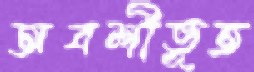
অবশীভূত